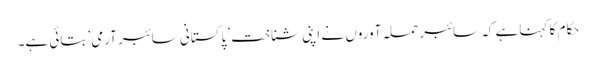
حکام کا کہنا ہے کہ سائبر حملہ آوروں نے اپنی شناخت ’پاکستانی سائبر آرمی’ بتائی ہے۔